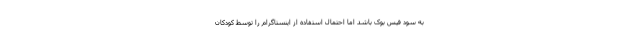
به سود فیس بوک باشد اما احتمال استفاده از اینستاگرام را توسط کودکان